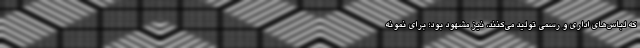
که لباس‌های اداری و رسمی تولید می‌کنند، نیز مشهود بود؛ برای نمونه